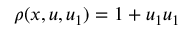
\rho ( x , u , u _ { 1 } ) = 1 + u _ { 1 } u _ { 1 }